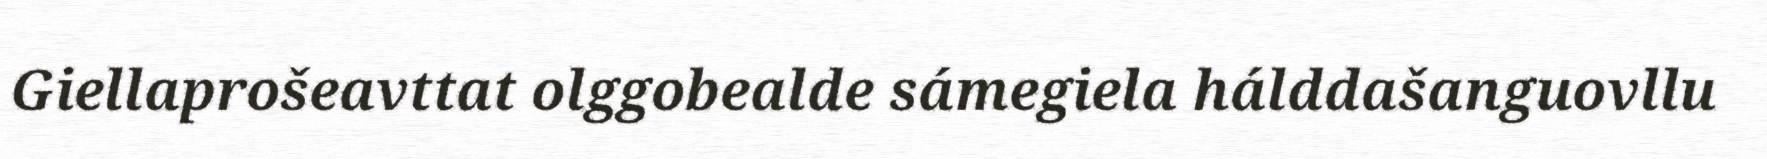
Giellaprošeavttat olggobealde sámegiela hálddašanguovllu